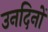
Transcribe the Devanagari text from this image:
उनदिनों